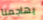
يهاجمنا